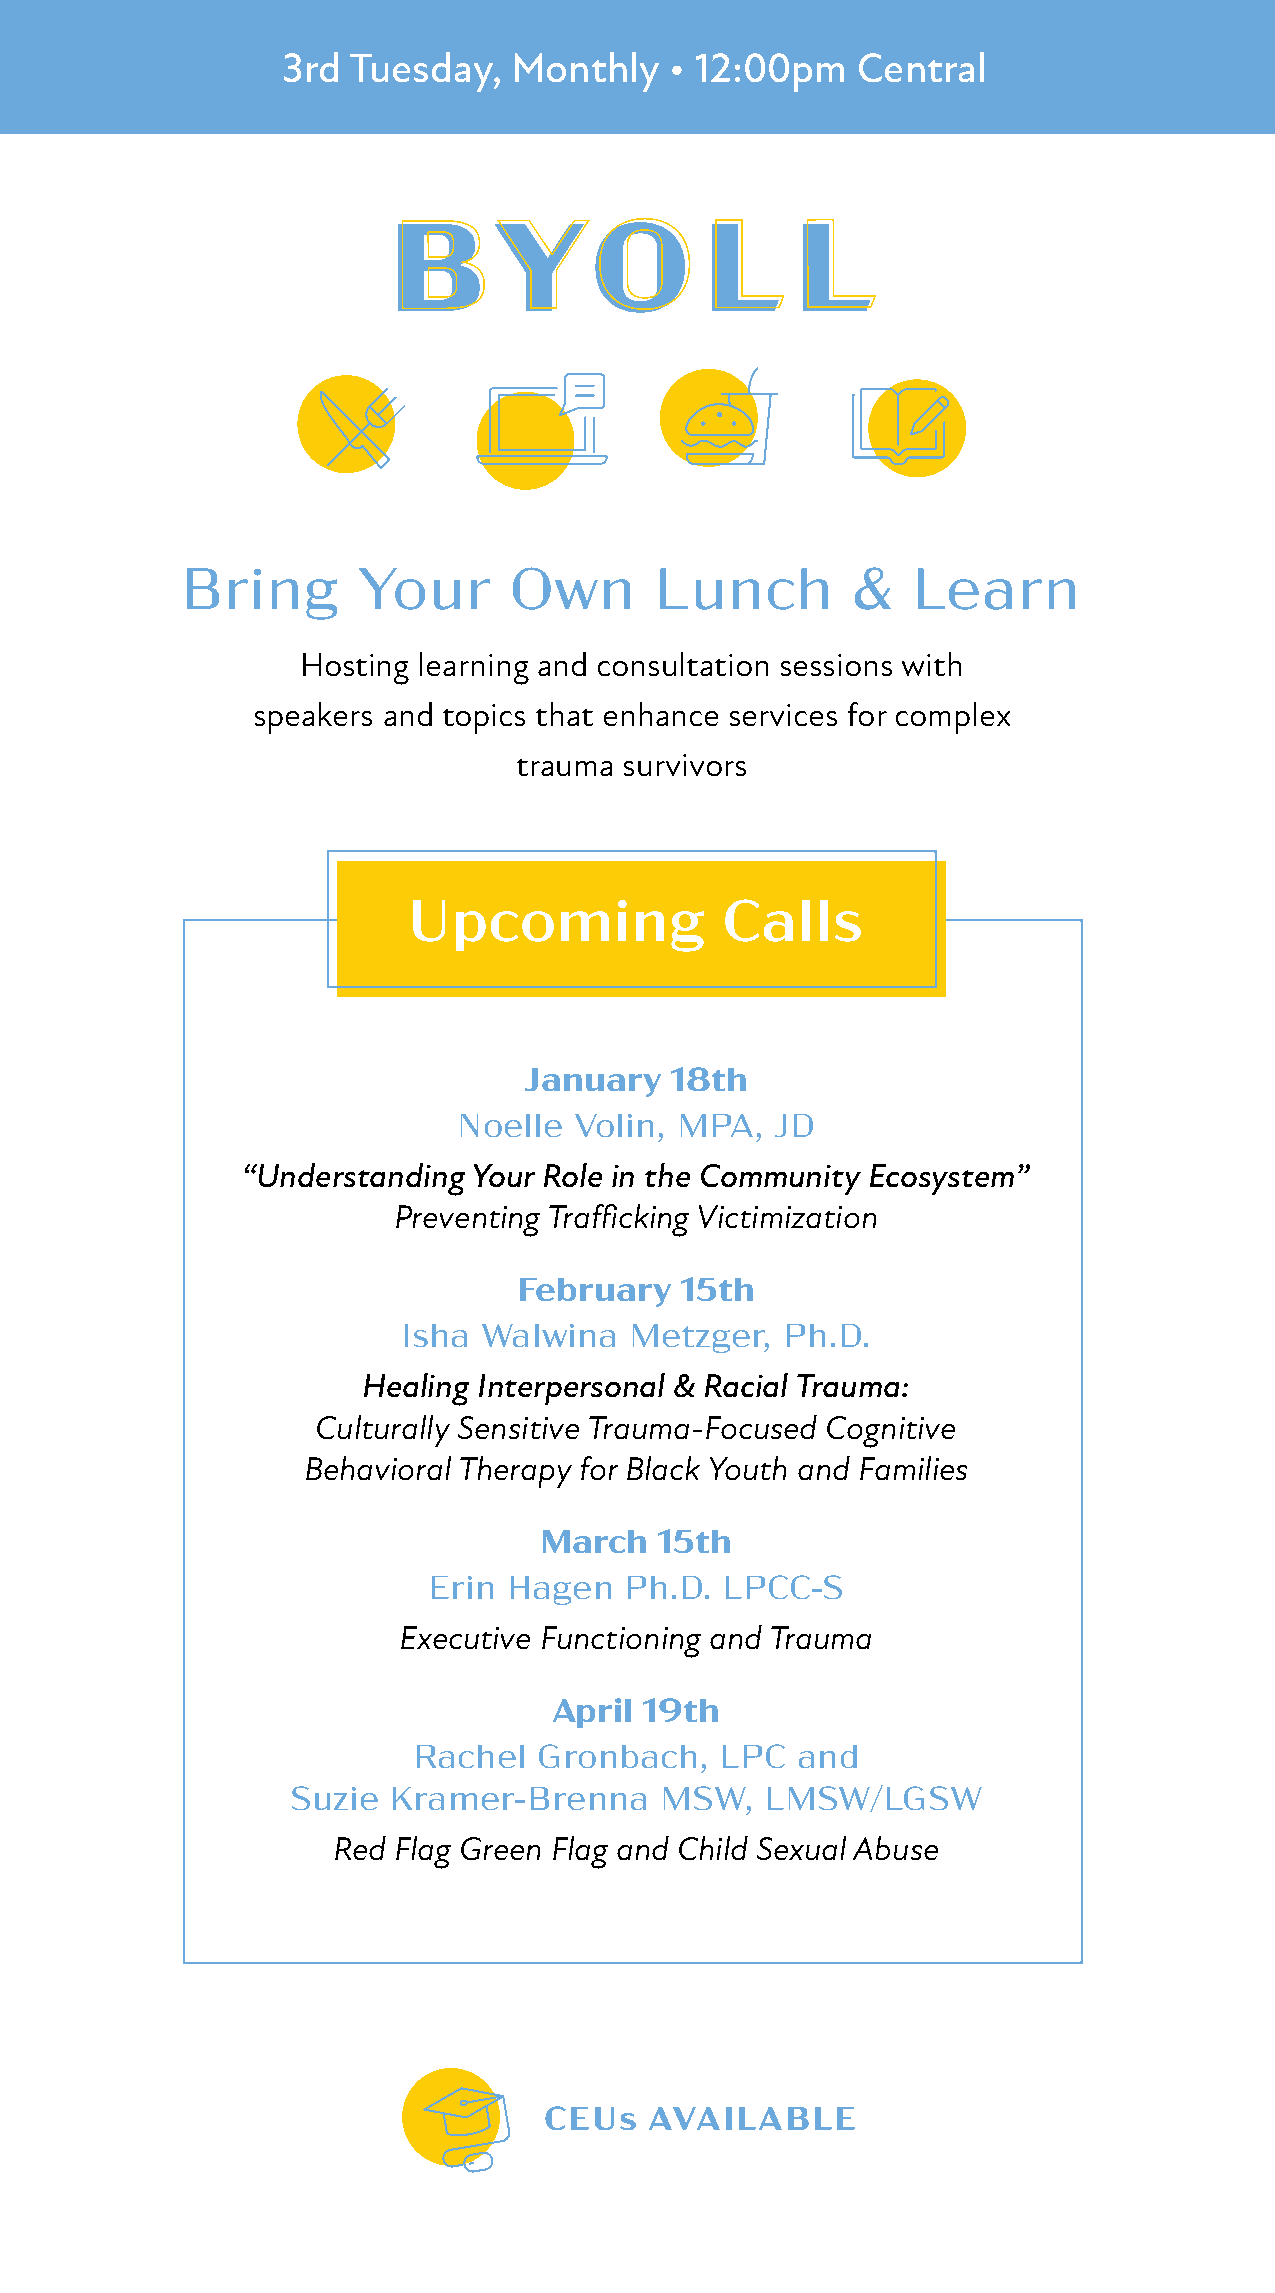
3rd Tuesday,   Monthly   • 12:00pm    Central
 BYO                 L      L
 Bring       Your      Own      Lunch        &   Learn
 Hosting learning and consultation sessions with
 speakers and topics that enhance services for complex
 trauma survivors
 Upcoming             Calls
 January  18th
 Noelle  Volin, MPA,  JD
 “Understanding Your Role in the Community Ecosystem”
 Preventing Trafficking Victimization
 February   15th
 Isha Walwina   Metzger,  Ph.D.
 Healing Interpersonal & Racial Trauma:
 Culturally Sensitive Trauma-Focused Cognitive
 Behavioral Therapy for Black Youth and Families
 March   15th
 Erin  Hagen  Ph.D.  LPCC-S
 Executive Functioning and Trauma
 April 19th
 Rachel   Gronbach,   LPC  and
 Suzie  Kramer-Brenna     MSW,   LMSW/LGSW
 Red Flag Green Flag and Child Sexual Abuse
 CEUs   AVAILABLE